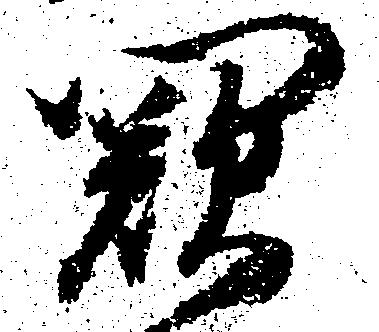
闕